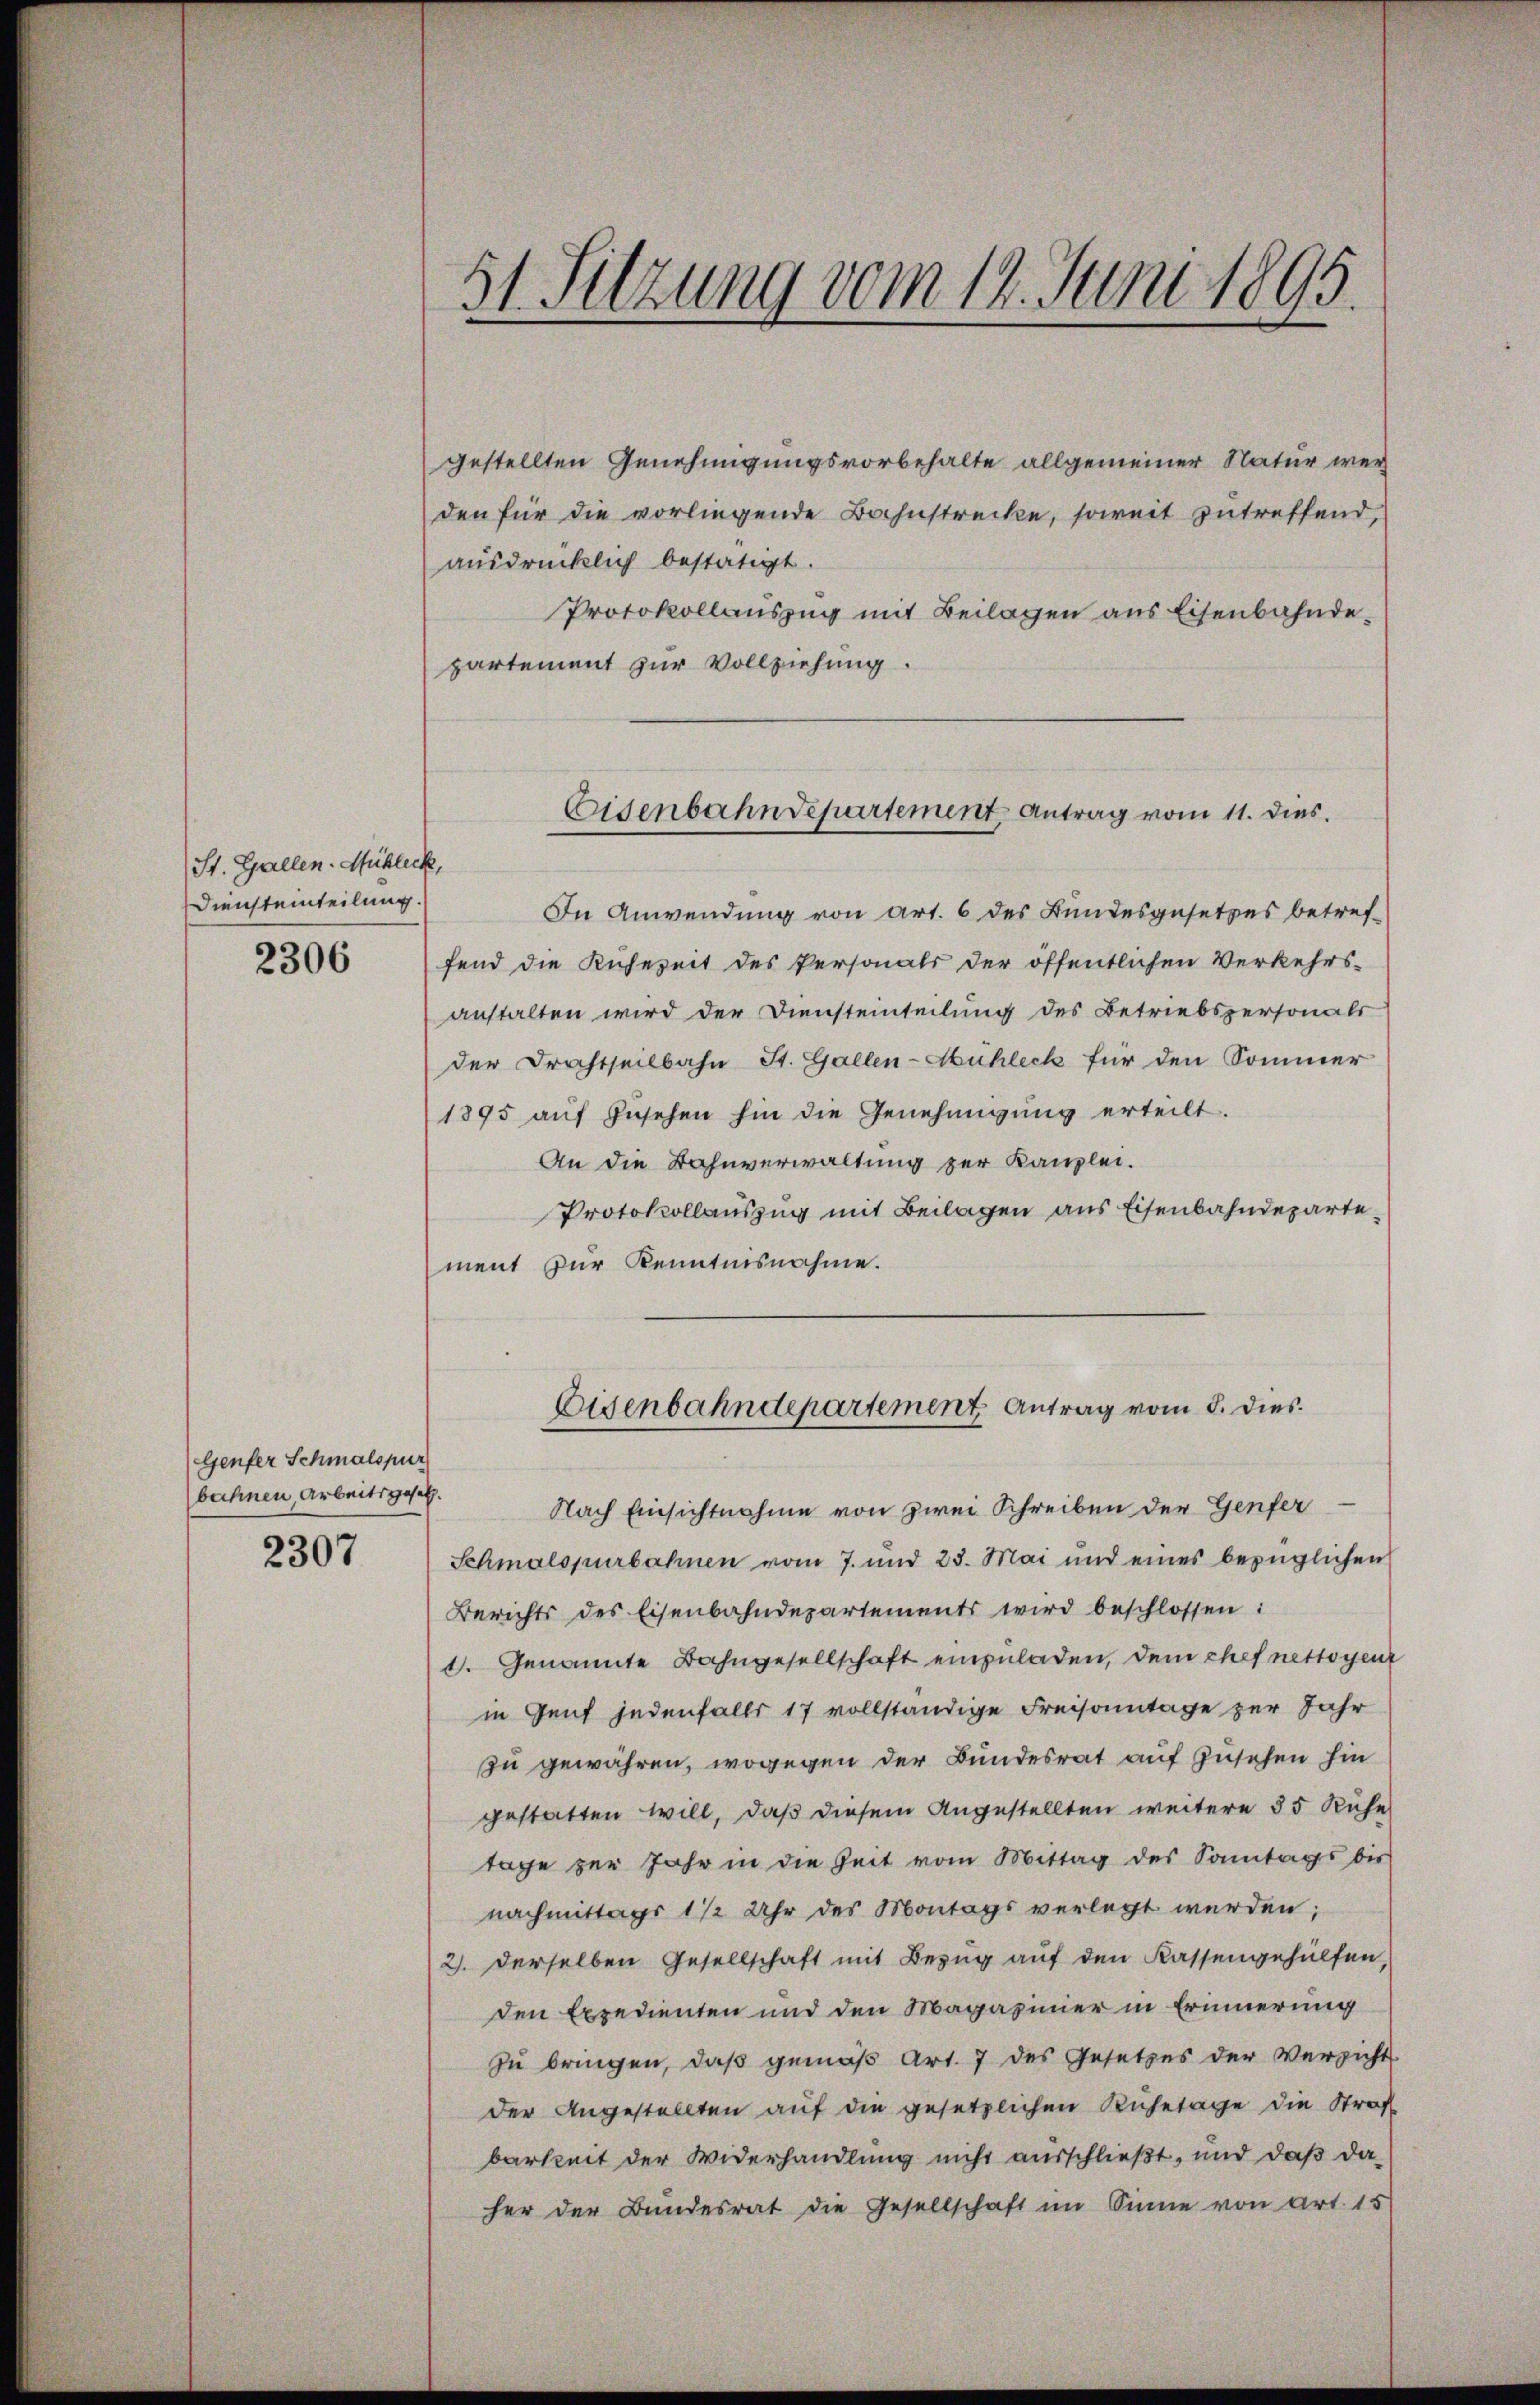
2306

Genfer Schmalspur
bahnen Arbeitsgesetz.

2307

St. Gallen. Mühleck,
Diensteinteilung.

31 Setzung vom 14. Juni 1895.

gestellten Genehmigungsvorbehalte allgemeiner Natur werden für die vorliegende Bahnstrecke, soweit zutreffend,
ausdrücklich bestätigt.
Protokollauszug mit Beilagen aus Eisenbahndepartement zur Vollziehung.
In Anwendung von Art. 6 des Bundesgesetzes betreffend die Kühezeit des Personals der öffentlichen Verkehrs-
anstalten wird der Diensteinteilung des Betriebspersonals
der Brachtheilbahn St. Gallen-Mühleck für den Sommer
1895 aŭf Zŭsehen hin die Genehmigung erteilt.
An die Bahnverwaltung zur Kanzlei.
Protokollauszug mit Beilagen aus Eisenbahndepartement zur Kenntnisnahme.

Eisenbahndepartement Antrag vom 11. dies.

Eisenbahndepartement Antrag vom 8. dies

Nach Einsichtnahme von zwei Schreiben der Genfer
Schmalspurbahnen vom 7. und 23. Mai und eines bezüglichen
Berichts des Eisenbahndepartements wird beschlossen:
1. Genannte Bahngesellschaft einzuladen, dem chef nettoyent
in Genf jedenfalls 17 vollständige Freisonntage zur Jahr
zu gewähren, wogegen der Bundesrat auf Zusehen hin
gestatten will, daß diesem Angestellten weitere 55 Ruhe
tage zur Jahr in die Zeit vom Mittag des Sonntags bis
nachmittags 1 1/2 Uhr des Montags verlegt werden;
2. derselben Gesellschaft mit Bezug auf den Kassengehülfen,
den Expedienten und den Magazinier in Erinnerung
zu bringen, daß gemäß Art. 7 des Gesetzes der Versicht
der Angestellten auf die gesetzlichen Ruhetage die Straf
barkeit der Widerhandlung nicht ausschließt, und daß da
her der Bundesrat die Gesellschaft im Sinne von Art. 15